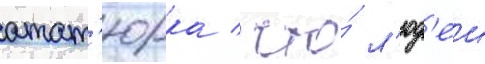
атат'юрка / что́ л'юд'еи